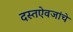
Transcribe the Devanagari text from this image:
दस्तऐवजांचे